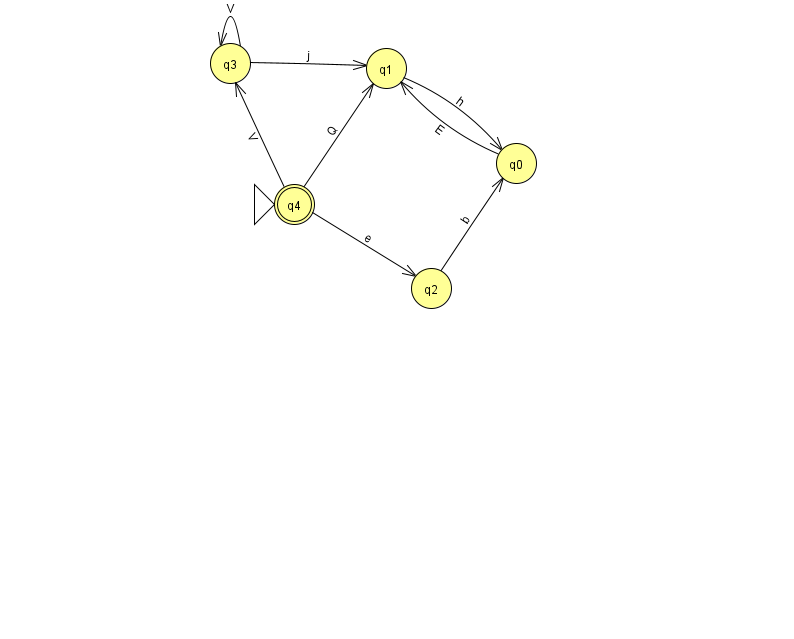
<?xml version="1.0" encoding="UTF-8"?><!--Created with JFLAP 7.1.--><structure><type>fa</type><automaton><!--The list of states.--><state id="0" name="q0"><x>516.0</x><y>150.0</y></state><state id="1" name="q1"><x>386.0</x><y>55.0</y></state><state id="2" name="q2"><x>431.0</x><y>275.0</y></state><state id="3" name="q3"><x>230.0</x><y>50.0</y></state><state id="4" name="q4"><x>294.0</x><y>191.0</y><initial/><final/></state><!--The list of transitions.--><transition><from>4</from><to>2</to><read>e</read></transition><transition><from>0</from><to>1</to><read>E</read></transition><transition><from>3</from><to>1</to><read>j</read></transition><transition><from>2</from><to>0</to><read>b</read></transition><transition><from>3</from><to>3</to><read>V</read></transition><transition><from>4</from><to>1</to><read>Q</read></transition><transition><from>1</from><to>0</to><read>h</read></transition><transition><from>4</from><to>3</to><read>V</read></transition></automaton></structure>